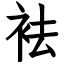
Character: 袪